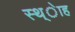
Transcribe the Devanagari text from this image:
स्थ्ेाह